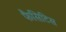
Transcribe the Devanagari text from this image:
फैसिटिस